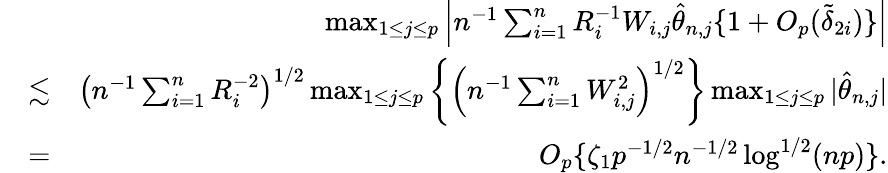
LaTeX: \begin{array}{rlr}&{}&{\operatorname*{max}_{1\leq j\leq p}\left|n^{-1}\sum_{i=1}^{n}R_{i}^{-1}W_{i,j}\hat{\theta}_{n,j}\{ 1+O_{p}(\tilde{\delta}_{2i})\} \right|}\\ &{\lesssim}&{\left(n^{-1}\sum_{i=1}^{n}R_{i}^{-2}\right)^{1/2}\operatorname*{max}_{1\leq j\leq p}\left\{ \left(n^{-1}\sum_{i=1}^{n}W_{i,j}^{2}\right)^{1/2}\right\} \operatorname*{max}_{1\leq j\leq p}|\hat{\theta}_{n,j}|}\\ &{=}&{O_{p}\{ \zeta_{1}p^{-1/2}n^{-1/2}\log^{1/2}(np)\} .}\end{array}